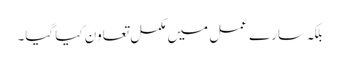
بلکہ سارے عمل میں مکمل تعاون کیا گیا۔